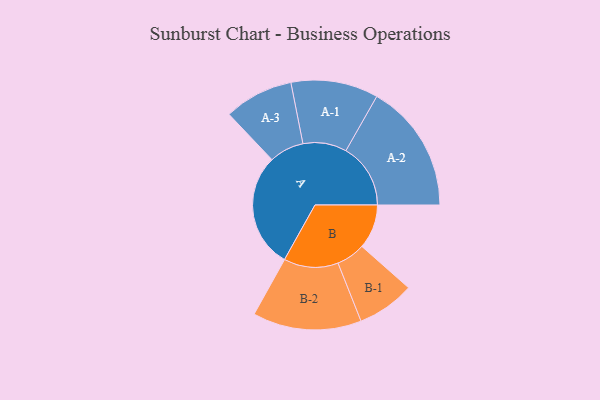
{"axis": {"x": "Segment", "y": "Value"}, "legend": ["", "A", "B"], "data": [{"x": "A", "y": 471, "type": ""}, {"x": "B", "y": 182, "type": ""}, {"x": "A-1", "y": 179, "type": "A"}, {"x": "A-2", "y": 265, "type": "A"}, {"x": "A-3", "y": 142, "type": "A"}, {"x": "B-1", "y": 118, "type": "B"}, {"x": "B-2", "y": 223, "type": "B"}]}